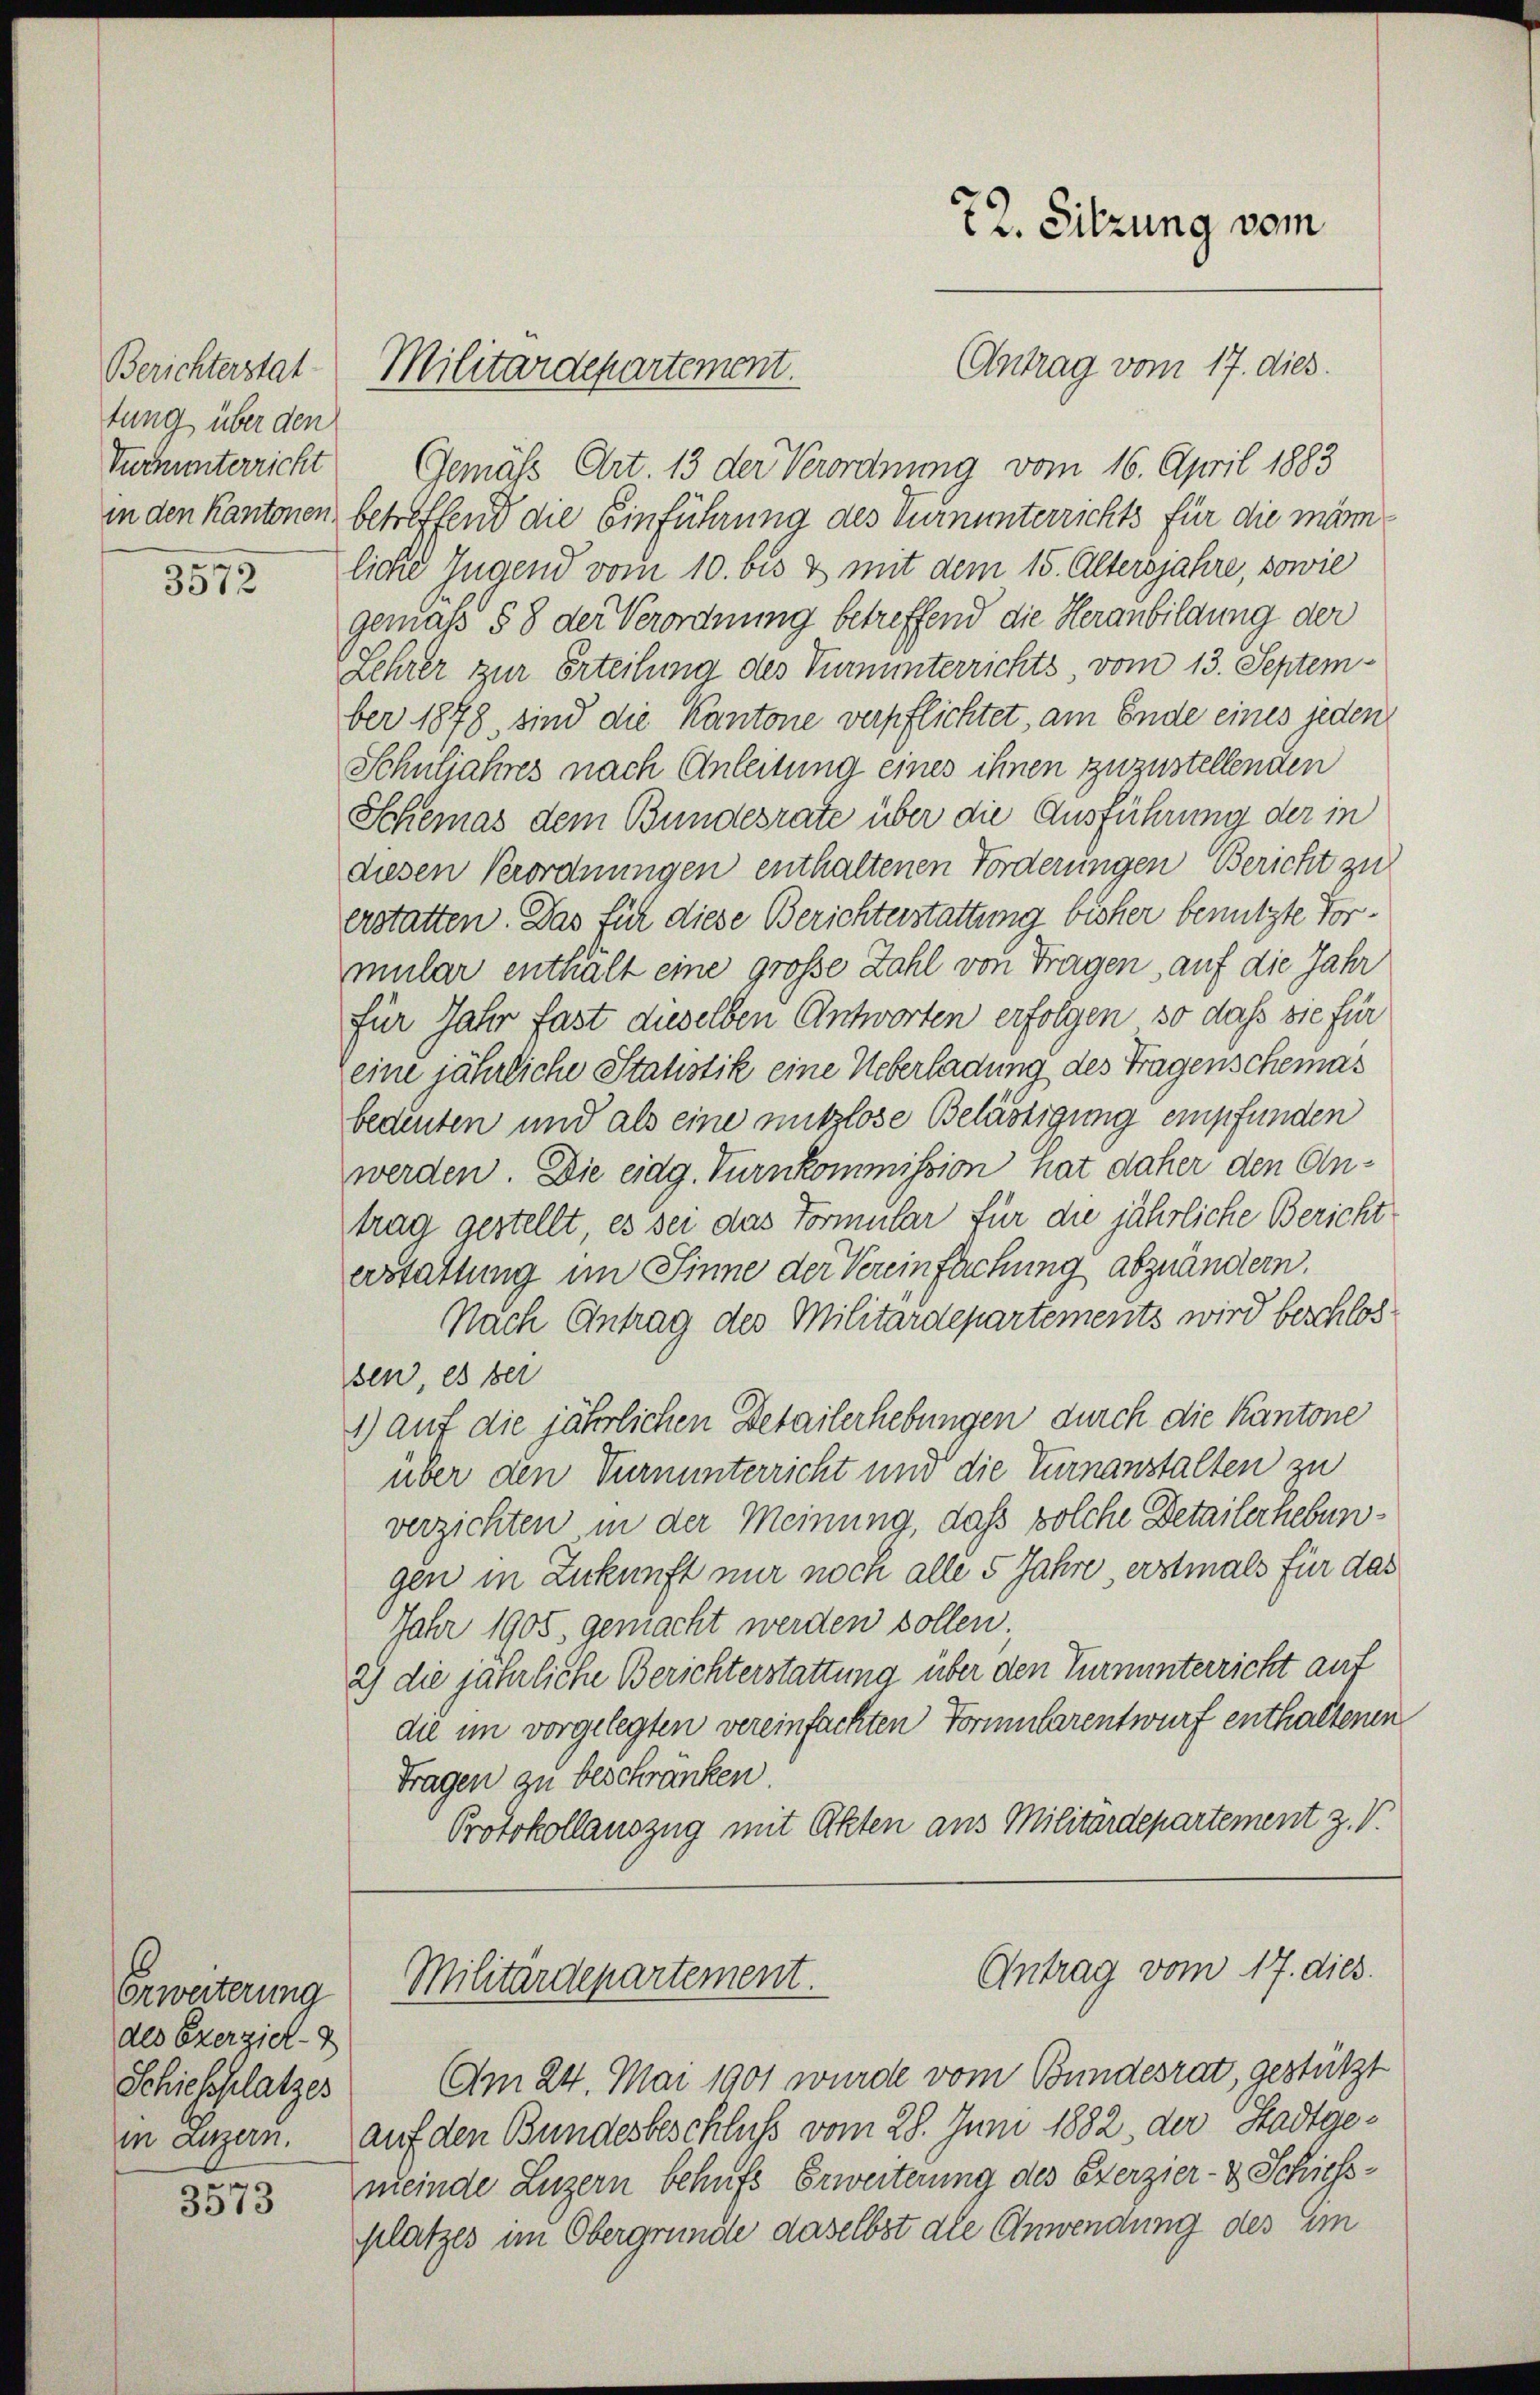
tung über den
Turnuunterricht

3572

Erweiterung
des Exerziel-
Schickplatzes

3573

Gemäß Art. 13 der Verordnung vom 16. April 1883
in den Kantonen betreffend die Einführung des Turnunterrichts für die mör
liche Jugend vom 10. bis & mit dem 15. Altersjahre, sowie
gemäß § 8 der Verordnung betreffend die Heranbildung der
Lehrer zur Erteilung des Hinunterrichts, vom 13. September 1878, sind die Kantone verpflichtet, am Ende eines jeden
Schuljahres nach Anleitung eines ihnen zuzustellenden
Schemas dem Bundesrate über die Ausführung der in
diesen Verordnungen enthaltenen Forderungen Bericht zu
erstatten. Das für diese Berichterstattung bisher benutzte Vormular enthalt eine große Zahl von Tragen, auf die Jahr
für Jahr fast dieselben Antworten erfolgen, so dass sie für
eine jährliche Statistik eine Ueberladung des Tragenscheinas
bedeuten und als eine mitzlose Belästigung empfunden
werden. Die eidg. Turnkommission hat daher den Antrag gestellt, es sei das Formular für die jährliche Bericht
erstattung im Sinne der Vereinfachung abzuändern.
Nach Antrag des Militärdepartements wird beschlos
sen, es bei
1) auf die jährlichen Detailerhebungen durch die Kantone
über den Turnunterricht und die Turnanstalten zu
verzichten, in der Meinung, daß solche Detailerhebungen in Zukunft nur noch alle 5 Jahre, erstmals für das
Jahr 1905, gemacht werden sollen;
2) die jährliche Berichterstattung über den Turnunterricht auf
die im vorgelegten vereinfachten Vormularentwurf enthaltenen
Tragen zu beschränken.
Protokollauszug mit Akten aus Militärdepartement z. V.

Berichterstat. Militärdepartement.

72. Sitzung vom

Antrag vom 17. dies.

Antrag vom 17. dies
Militärdepartement.

Am 24. Mai 1901 wurde vom Bundesrat, gestützt
in angern. auf den Bundesbeschluß vom 28. Juni 1882, der Stadtge-
meinde Luzern behufs Erweiterung des Exerzier- & Schiessplatzes im Obergründe daselbst ale Anwendung des im